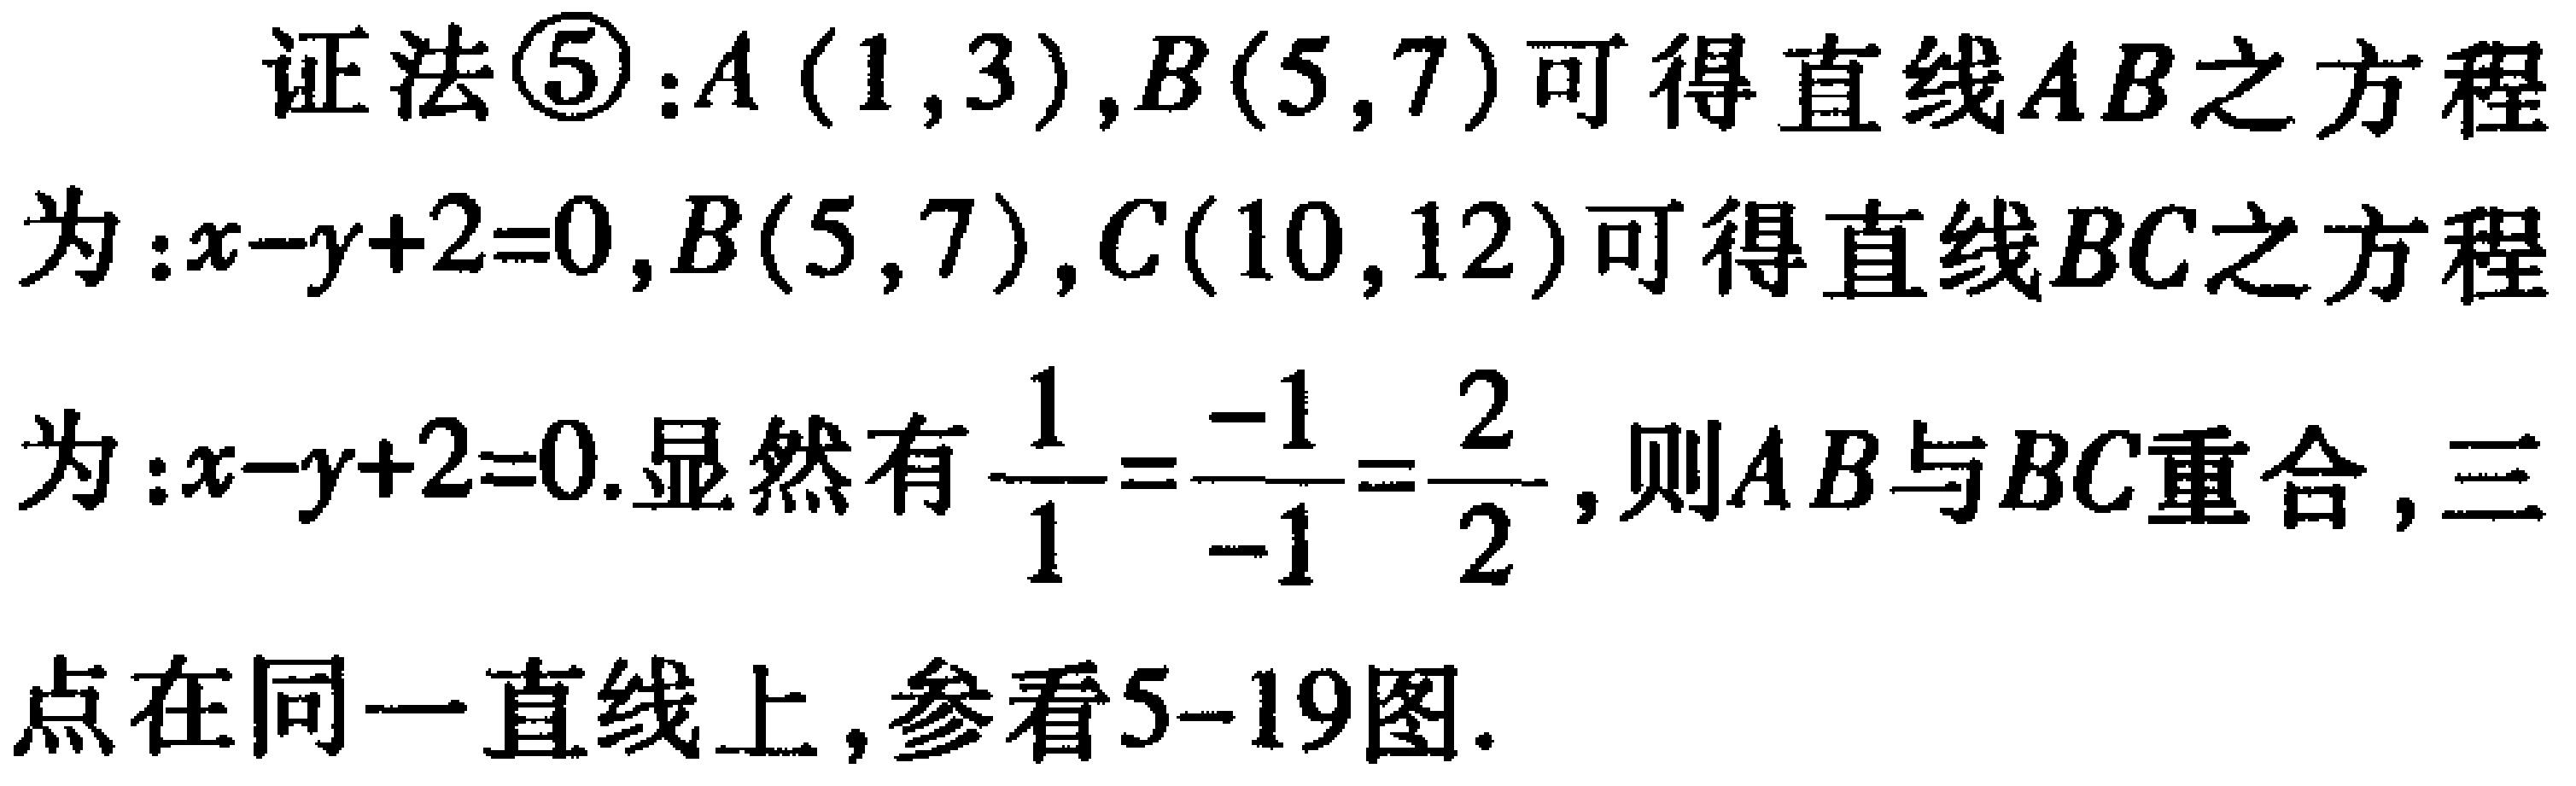
证法\textcircled{5}:$A(1,3),B(5,7)$可得直线$AB$之方程
为:$x - y + 2 = 0,B(5,7),C(10,12)$可得直线$BC$之方程
为:$x - y + 2 = 0$.显然有$\frac{1}{1}=\frac{-1}{-1}=\frac{2}{2}$, 则$AB$与$BC$重合, 三
点在同一直线上, 参看5-19图.